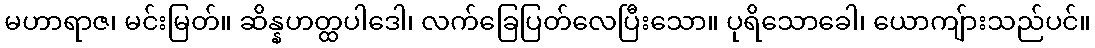
မဟာရာဇ၊ မင်းမြတ်။ ဆိန္နဟတ္ထပါဒေါ၊ လက်ခြေပြတ်လေပြီးသော။ ပုရိသောခေါ၊ ယောကျ်ားသည်ပင်။